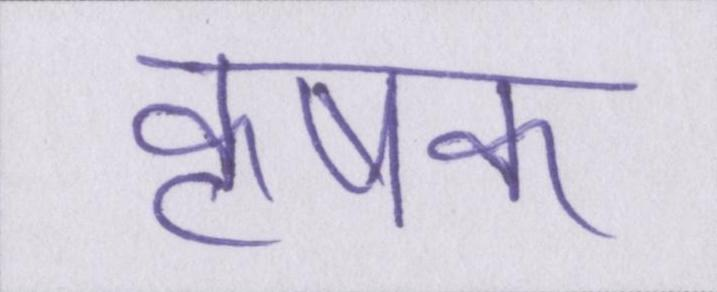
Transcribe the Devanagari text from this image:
कृषक